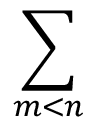
\sum _ { m < n }